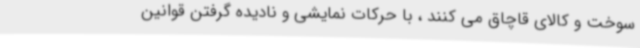
سوخت و کالای قاچاق می کنند ، با حرکات نمایشی و نادیده گرفتن قوانین